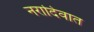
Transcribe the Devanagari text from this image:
नरादिवात